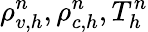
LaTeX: \rho_{v,h}^{n},\rho_{c,h}^{n},T_{h}^{n}